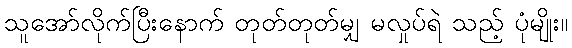
သူအော်လိုက်ပြီးနောက် တုတ်တုတ်မျှ မလှုပ်ရဲ သည့် ပုံမျိုး။